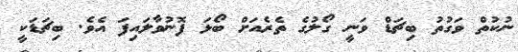
ނުކުތް ވަގުތު ބިޗަޑް ވަނީ ގޯލުގެ ތެރެއަށް ބޯޅަ ފޮނުވާލައިފަ އެވެ. ބިޗަޑަކީ